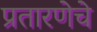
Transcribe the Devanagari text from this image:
प्रतारणेचे